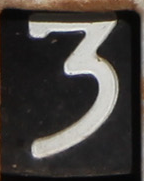
3